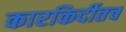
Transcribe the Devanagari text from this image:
कारकिर्दीतच